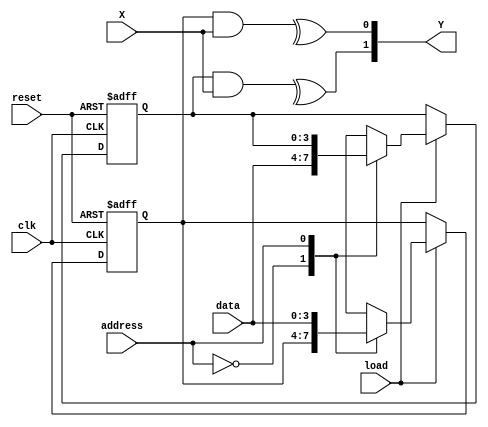
module GeneratorPolynomials #(
	parameter n=2,
	parameter m=4
)(
	input [0:m-1] X,
	input load,
	input [clog2(n)-1:0] address,
	input [0:m-1] data,
	input clk,
	input reset,
	output [0:n-1] Y
);

function integer clog2;
input integer value;
begin
value = value-1;
for (clog2=0; value>0; clog2=clog2+1) value = value>>1;
end
endfunction

reg [0:m-1] g [0:n-1];

integer i;
always@(posedge clk, posedge reset) begin
	if (reset) begin
		for(i = 0; i < n; i=i+1) begin
			g[i] = 0;
		end
	end else begin
		if (load) begin
			g[address] = data;
		end
	end 
end

genvar x;
generate
for(x=0;x<n;x=x+1)begin: output_loop
assign Y[x] = ^(g[x] & X);
end
endgenerate

endmodule